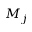
M _ { j }